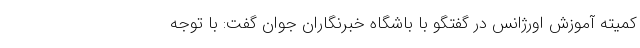
کمیته آموزش اورژانس در گفتگو با باشگاه خبرنگاران جوان گفت: با توجه